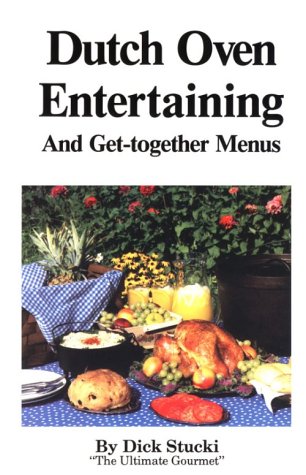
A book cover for Dutch Oven Entertaining; Dick Stucki; Cookbooks, Food & Wine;